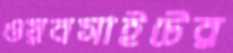
ওয়বসাইটের